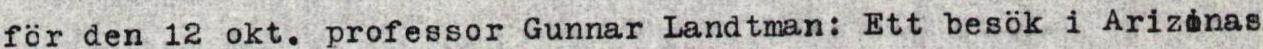
för den 12 okt. professor Gunnar Landtman: Ett besök i Arizonas